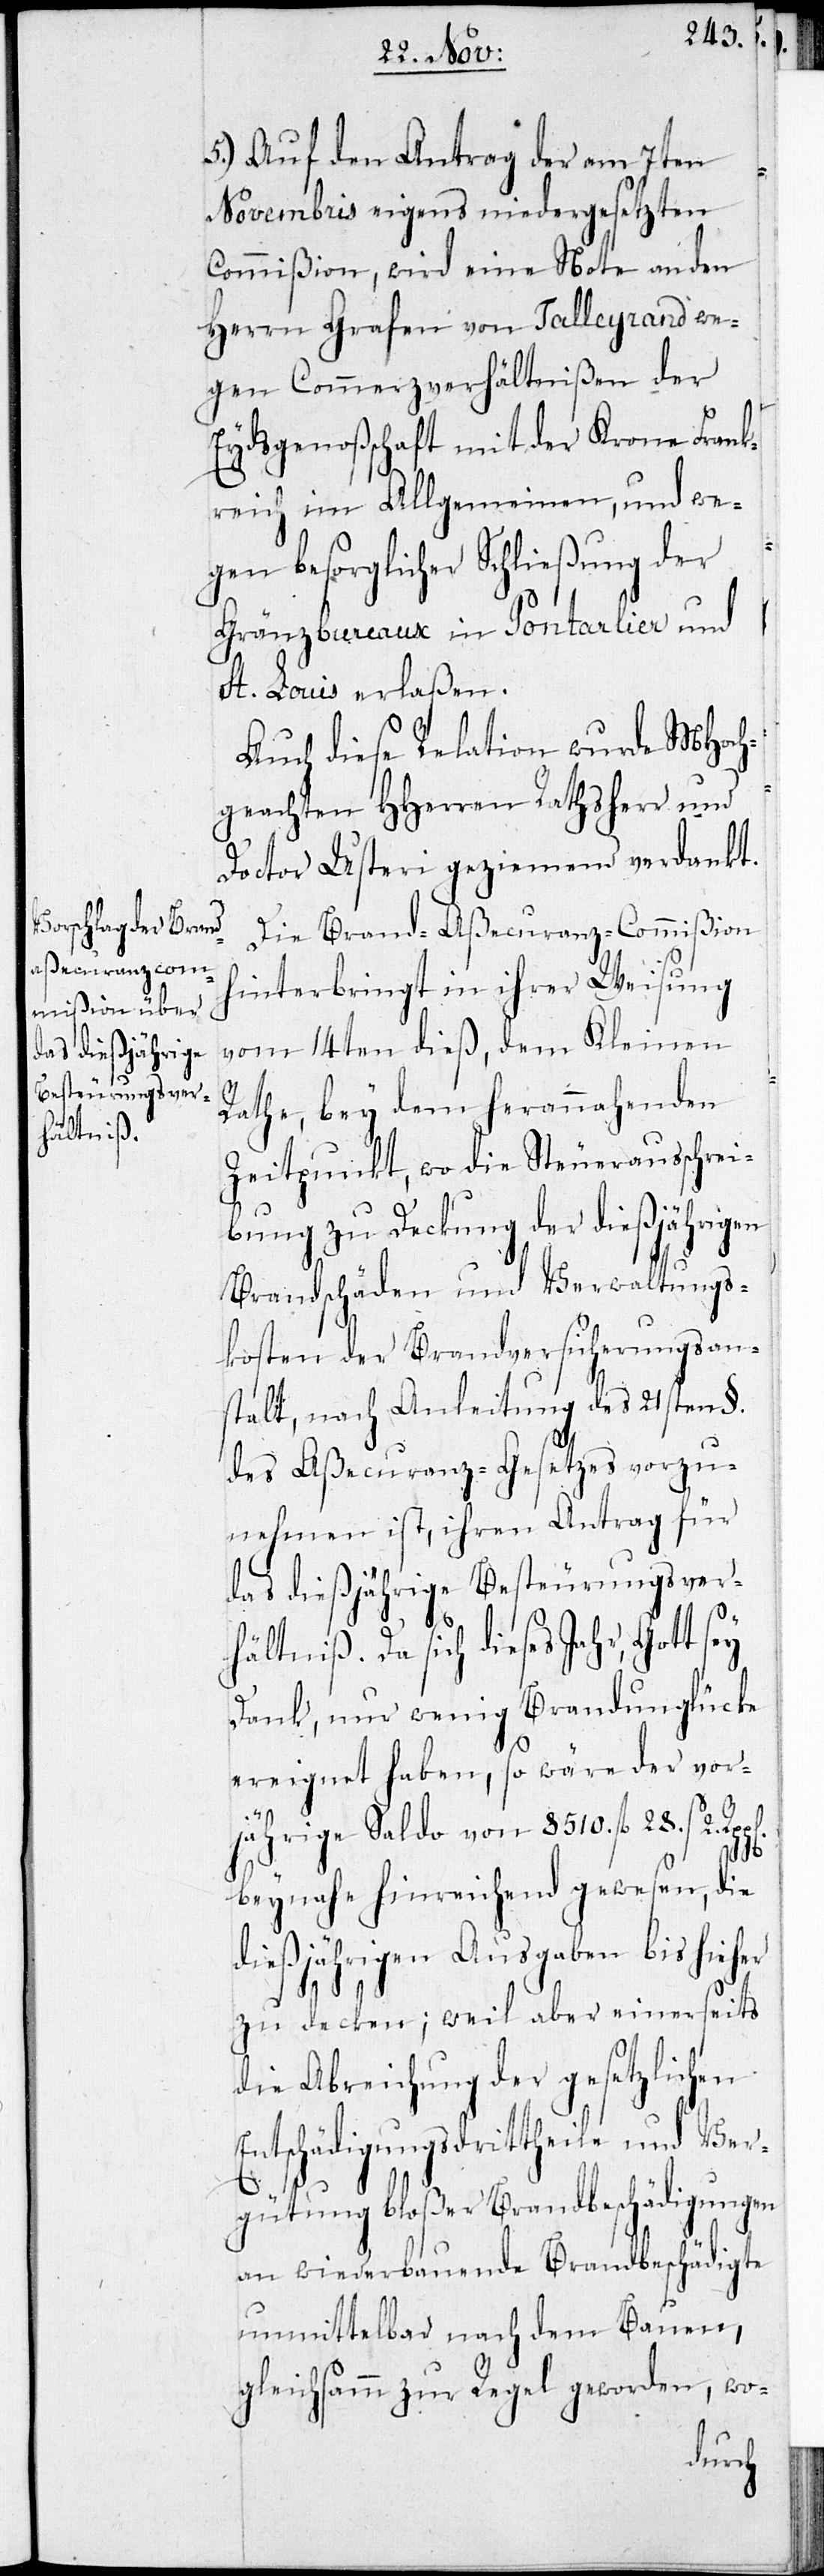
5.) Auf Antrag der am 7ten
Novembris eigens niedergesetzten
Commißion, wird eine Note an den
Herrn Grafen von Talleyrand we¬
gen Commerzverhältnißen der
Eydsgenoßschaft mit der Krone Frank¬
reich im Allgemeinen, und we¬
gen besorglicher Schließung der
Gränzbureaux in Pontalier und
St. Louis erlaßen.
Auch diese Relation wurde MHoch¬
geachten HHerren Rathsherr und
Doctor Usteri geziemend verdankt.
Die Brand-Aßecuranz-Commißion
hinterbringt in ihrer Weisung
vom 14ten dieß, dem Kleinen
Rathe, bey dem herannahenden
Zeitpunkt, wo die Steuerausschrei¬
bung zu Deckung der dießjährigen
Brandschäden und Verwaltungs¬
kosten der Brandversicherungsan¬
stalt, nach Anleitung des 21sten §.
des Aßecuranz-Gesetzes vorzu¬
nehmen ist, ihren Antrag für
das dießjährige Besteuerungsver¬
hältniß. Da sich dieses Jahr, Gott sey
Dank, nur wenig Brandunglücke
ereignet haben, so wäre der vor¬
jährige Saldo von 8510. fl. 28. s 2.
beynahe hinreichend gewesen, die
dießjährigen Ausgaben bis hieh¬
zu decken; weil aber einerseits
die Abreichung der gesetzlichen
Entschädigungsdrittheile und Ver¬
gütung bloßer Brandbeschädigungen
an wiederbauende Brandbeschädigte
unmittelbar nach dem Bauen,
gleichsamm zur Regel geworden, wo-

er